Vaccine operations Central Provinces 1900-1911 - 1900-1911
Year: 1900
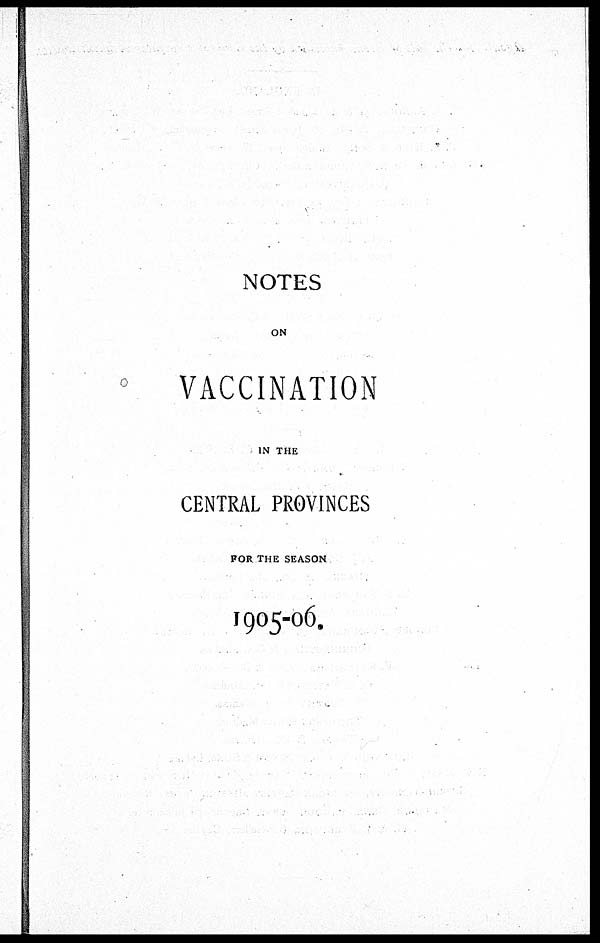
NOTES
ON
VACCINATION
IN THE
CENTRAL PROVINCES
FOR THE SEASON
1905-06.